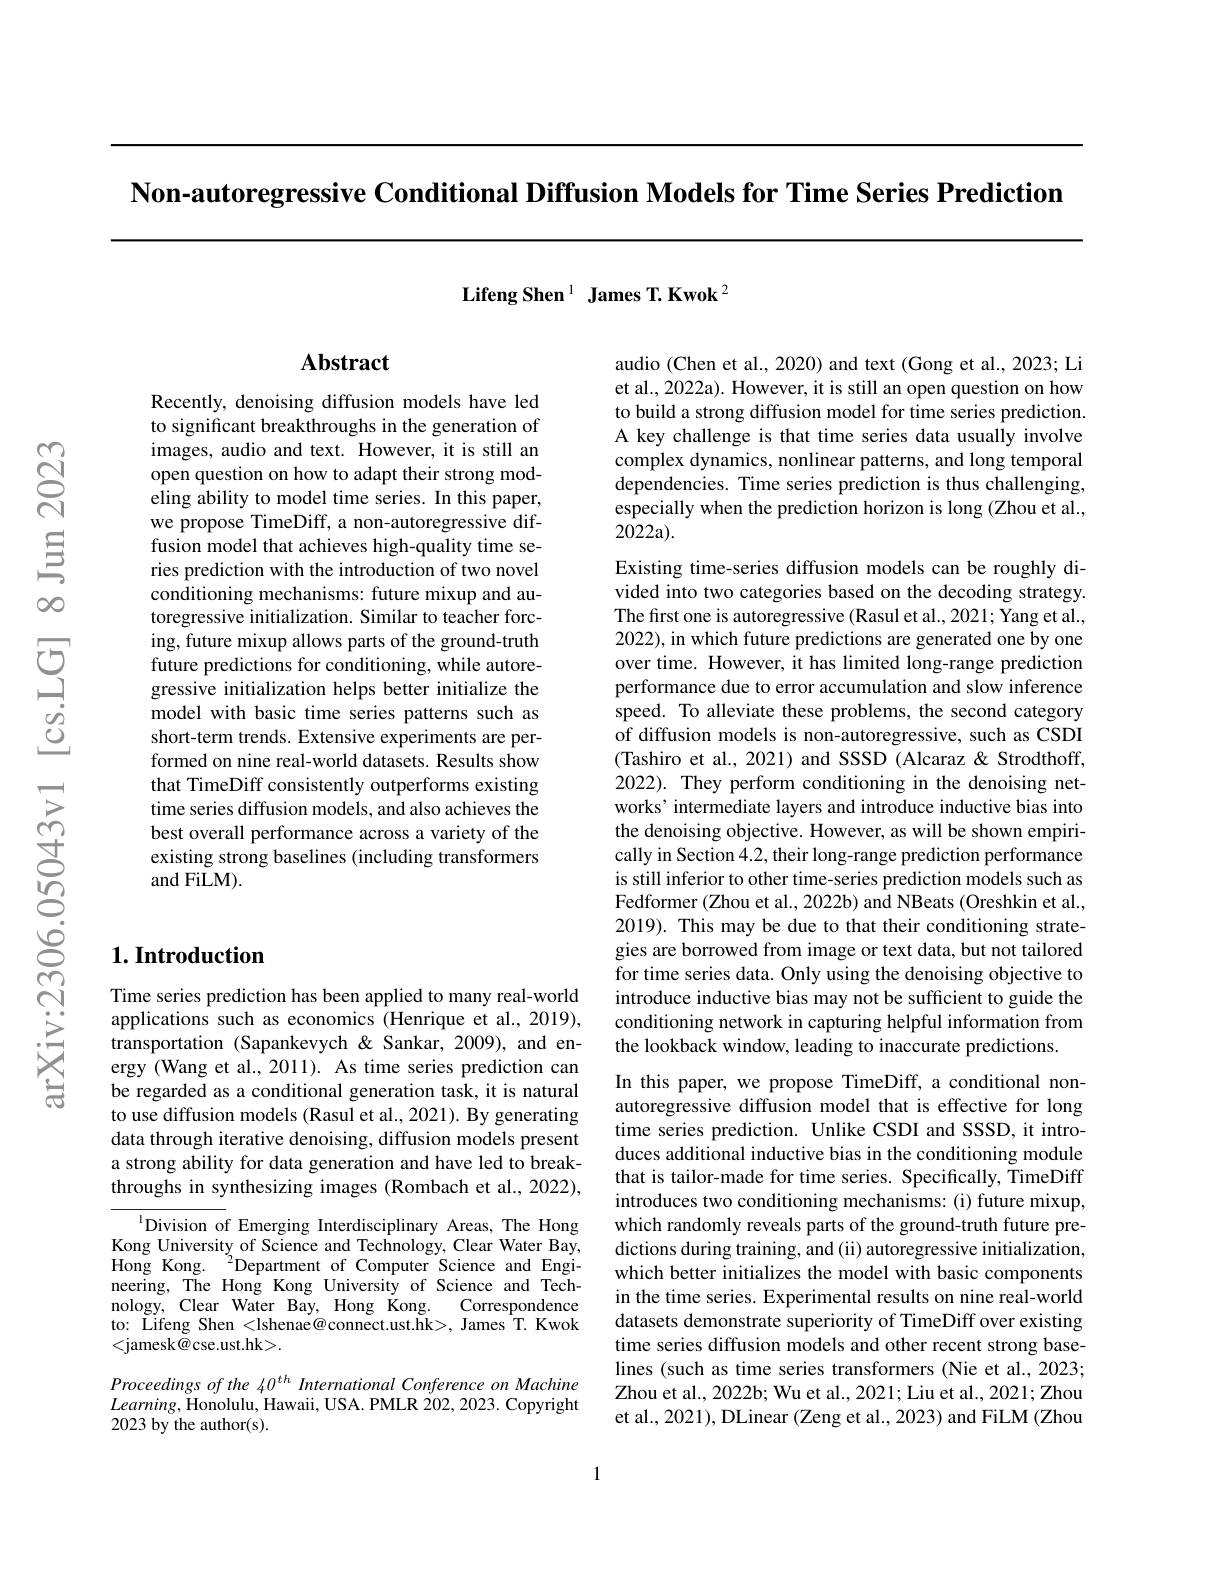
Non-autoregressive Conditional Diffusion Models for Time Series Prediction

Lifeng Shen $^1$ James T.Kwok$^2$

## Abstract

Recently, denoising diffusion models have led to significant breakthroughs in the generation of images, audio and text. However, it is still an open question on how to adapt their strong modeling ability to model time series. In this paper, we propose TimeDiff, a non-autoregressive diffusion model that achieves high-quality time series prediction with the introduction of two novel conditioning mechanisms: future mixup and autoregressive initialization. Similar to teacher forcing, future mixup allows parts of the ground-truth future predictions for conditioning, while autoregressive initialization helps better initialize the model with basic time series patterns such as short-term trends. Extensive experiments are performed on nine real-world datasets. Results show that TimeDiff consistently outperforms existing time series diffusion models, and also achieves the best overall performance across a variety of the existing strong baselines (including transformers and FiLM).

## $1. \textbf{Introduction}$

Time series prediction has been applied to many real-world applications such as economics (Henrique et al., 2019), transportation (Sapankevych & Sankar, 2009), and energy (Wang et al., 2011). As time series prediction can be regarded as a conditional generation task, it is natural to use diffusion models (Rasul et al., 2021). By generating data through iterative denoising, diffusion models present a strong ability for data generation and have led to breakthroughs in synthesizing images (Rombach et al., 2022),

$^{1}$Division of Emerging Interdisciplinary Areas, The Hong Kong University of Science and Technology, Clear Water Bay, Hong Kong.$^{2}$Department of Computer Science and Engineering, The Hong Kong University of Science and Technology, Clear Water Bay, Hong Kong. Correspondence to: Lifeng Shen <lshenae@connect.ust.hk>, James T. Kwok <jamesk@cse.ust.hk>.

Proceedings of the 40$^{th}$ International Conference on Machine $Learning$,Honolulu, Hawaii, USA. PMLR 202,2023. Copyright 2023 by the author(s).

audio (Chen et al., 2020) and text (Gong et al., 2023; Li et al., 2022a). However, it is still an open question on how to build a strong diffusion model for time series prediction. A key challenge is that time series data usually involve complex dynamics, nonlinear patterns, and long temporal dependencies. Time series prediction is thus challenging, especially when the prediction horizon is long (Zhou et al., 2022a).

Existing time-series diffusion models can be roughly divided into two categories based on the decoding strategy. The first one is autoregressive (Rasul et al., 2021; Yang et al. 2022), in which future predictions are generated one by one over time. However, it has limited long-range prediction performance due to error accumulation and slow inference speed. To alleviate these problems, the second category of diffusion models is non-autoregressive, such as CSDI (Tashiro et al., 2021) and SSSD (Alcaraz & Strodthoff, 2022). They perform conditioning in the denoising networks’ intermediate layers and introduce inductive bias into the denoising objective. However, as will be shown empirically in Section 4.2, their long-range prediction performance is still inferior to other time-series prediction models such as Fedformer (Zhou et al., 2022b) and NBeats (Oreshkin et al., 2019). This may be due to that their conditioning strategies are borrowed from image or text data, but not tailored for time series data. Only using the denoising objective to introduce inductive bias may not be sufficient to guide the conditioning network in capturing helpful information from the lookback window, leading to inaccurate predictions.
In this paper, we propose TimeDiff, a conditional nonautoregressive diffusion model that is effective for long time series prediction. Unlike CSDI and SSSD, it introduces additional inductive bias in the conditioning module that is tailor-made for time series. Specifically, TimeDiff

introduces two conditioning mechanisms: (i) future mixup, which randomly reveals parts of the ground-truth future predictions during training, and (ii) autoregressive initialization, which better initializes the model with basic components in the time series. Experimental results on nine real-world datasets demonstrate superiority of TimeDiff over existing time series diffusion models and other recent strong baselines (such as time series transformers (Nie et al., 2023; Zhou et al., 2022b; Wu et al., 2021; Liu et al., 2021; Zhou et al., 2021), DLinear (Zeng et al., 2023) and FiLM (Zhou

1